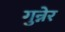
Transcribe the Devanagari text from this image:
गुन्नेर